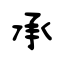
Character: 承